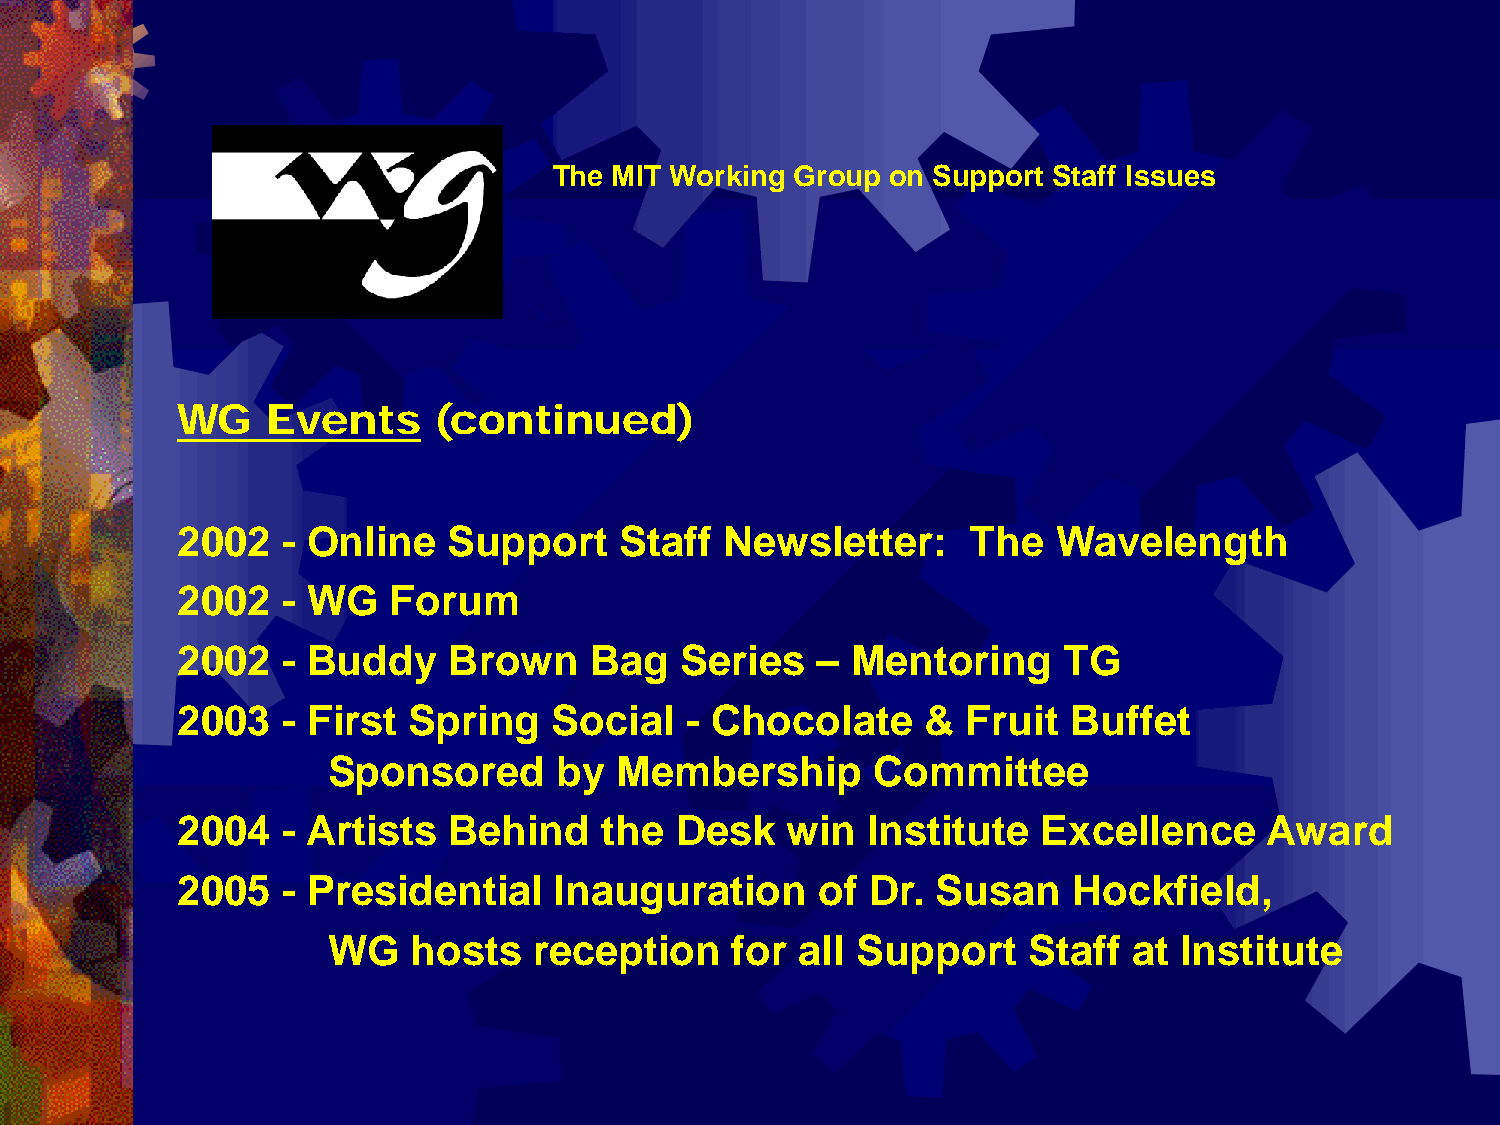
The MIT Working Group on Support Staff Issues
 WG    Events     (continued)
 2002   - Online   Support    Staff  Newsletter:     The   Wavelength
 2002   - WG   Forum
 2002   - Buddy    Brown    Bag   Series   – Mentoring     TG
 2003   - First Spring    Social  - Chocolate     &  Fruit  Buffet
 Sponsored      by  Membership       Committee
 2004   - Artists  Behind    the  Desk   win  Institute   Excellence     Award
 2005   - Presidential    Inauguration     of  Dr. Susan    Hockfield,
 WG   hosts   reception    for  all Support    Staff  at Institute